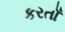
કરતાઁ